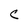
Character: C